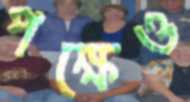
পক্ষেও